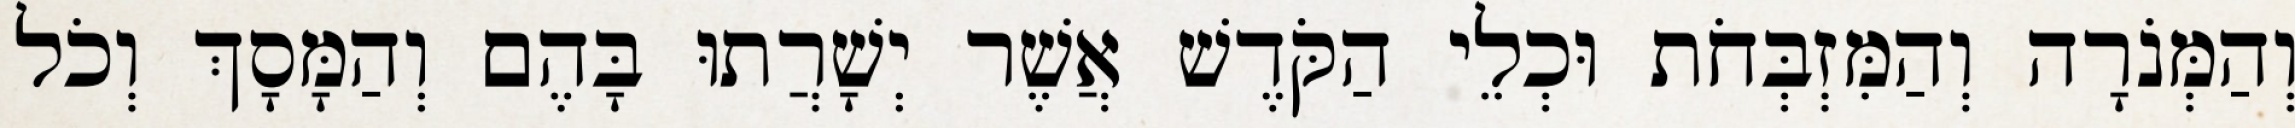
וְהַמְּנֹרָה וְהַמִּזְבְּחֹת וּכְלֵי הַקֹּדֶשׁ אֲשֶׁר יְשָׁרֲתוּ בָּהֶם וְהַמָּסָךְ וְכֹל